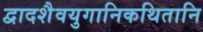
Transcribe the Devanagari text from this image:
द्वादशैवयुगानिकथितानि